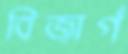
বিজার্গ